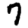
Digit: 7